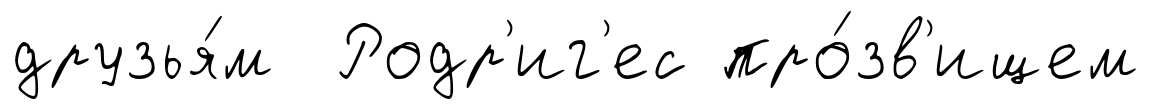
друзья́м Родр'иг'ес про́зв'ищем